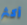
أكثر